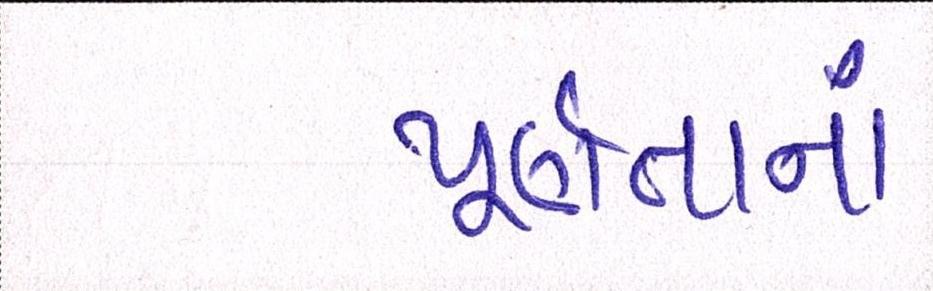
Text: પૂર્ણતાનાં